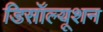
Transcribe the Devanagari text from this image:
डिसॉल्यूशन